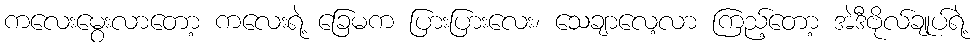
ကလေးမွေးလာတော့ ကလေးရဲ့ ခြေမက ပြားပြားလေး၊ သေချာလေ့လာ ကြည့်တော့ အဲဒီဗိုလ်ချုပ်ရဲ့